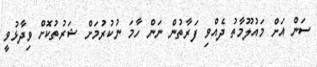
ސަން އަށް މައުލޫމާތު ދެއްވި ފަރާތުން ނަން ހާމަ ނުކުރުމަށް ޝަރުތުކޮށް ވިދާޅުވީ